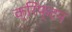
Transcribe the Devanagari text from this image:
क्रिफ्टन